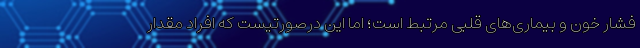
فشار خون و بیماری‌های قلبی مرتبط است؛ اما این درصورتیست که افراد مقدار